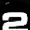
Digit: 2